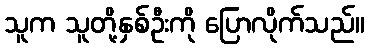
သူက သူတို့နှစ်ဦးကို ပြောလိုက်သည်။